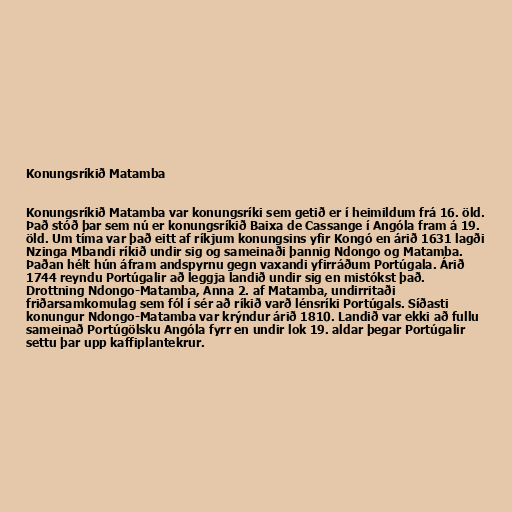
Konungsríkið Matamba

Konungsríkið Matamba var konungsríki sem getið er í heimildum frá 16. öld.
Það stóð þar sem nú er konungsríkið Baixa de Cassange í Angóla fram á 19.
öld. Um tíma var það eitt af ríkjum konungsins yfir Kongó en árið 1631 lagði
Nzinga Mbandi ríkið undir sig og sameinaði þannig Ndongo og Matamba.
Þaðan hélt hún áfram andspyrnu gegn vaxandi yfirráðum Portúgala. Árið
1744 reyndu Portúgalir að leggja landið undir sig en mistókst það.
Drottning Ndongo-Matamba, Anna 2. af Matamba, undirritaði
friðarsamkomulag sem fól í sér að ríkið varð lénsríki Portúgals. Síðasti
konungur Ndongo-Matamba var krýndur árið 1810. Landið var ekki að fullu
sameinað Portúgölsku Angóla fyrr en undir lok 19. aldar þegar Portúgalir
settu þar upp kaffiplantekrur.